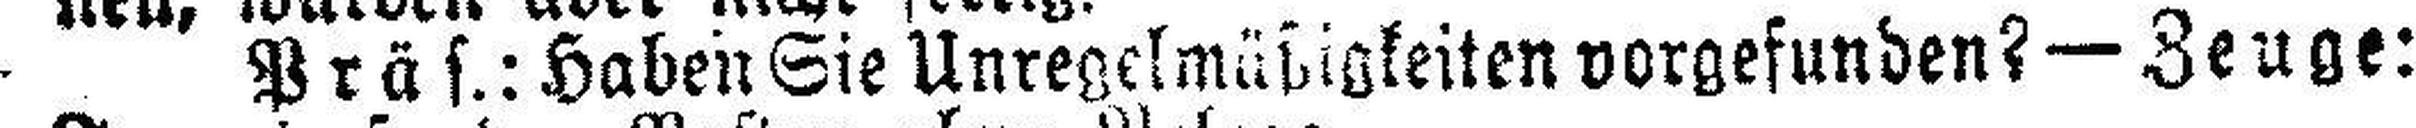
Präs.: Haben Sie Unregelmäßigkeiten vorgefunden? — Zeuge: